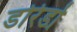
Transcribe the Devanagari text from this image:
डोरेडो